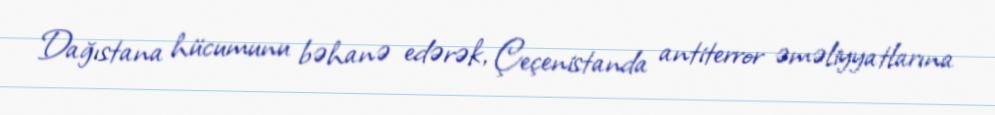
Dağıstana hücumunu bəhanə edərək, Çeçenistanda antiterror əməliyyatlarına